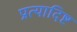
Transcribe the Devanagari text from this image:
प्रत्यादिष्ट